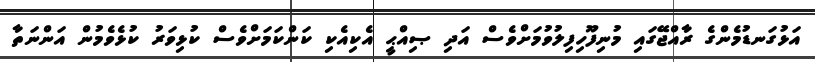
އަޅުގަނޑުމެންގެ ރާއްޖޭގައި މުނިފޫހިފިލުވުމަށްވެސް އަދި ޞިއްޙީ އެކިއެކި ކަންކަމަށްވެސް ކުޅިވަރު ކުޅެވެމުން އަންނަތާ